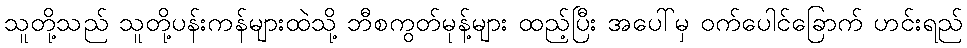
သူတို့သည် သူတို့ပန်းကန်များထဲသို့ ဘီစကွတ်မုန့်များ ထည့်ပြီး အပေါ်မှ ဝက်ပေါင်ခြောက် ဟင်းရည်